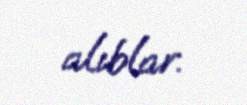
alıblar.